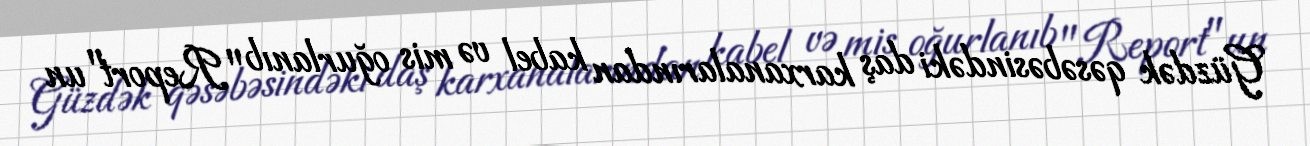
Güzdək qəsəbəsindəki daş karxanalarından kabel və mis oğurlanıb "Report"un